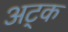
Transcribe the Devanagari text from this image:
अट्क